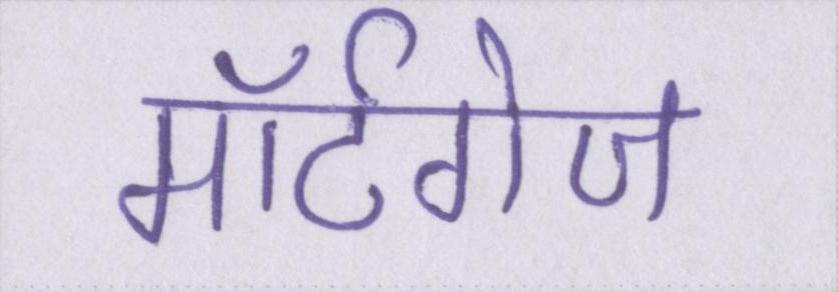
मॉर्टगेज